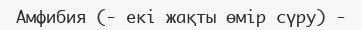
Амфибия (- екі жақты өмір сүру) -